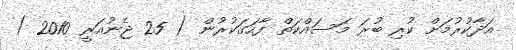
އަދާކުރުމަށް ކުރި ބުރަ މަސައްކަތް ފާހަގަކުރުން ( 25 ޖެނުއަރީ 2010 )